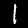
Label: 1